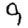
Digit: 9